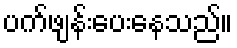
ပက်ဖျန်းပေးနေသည်။